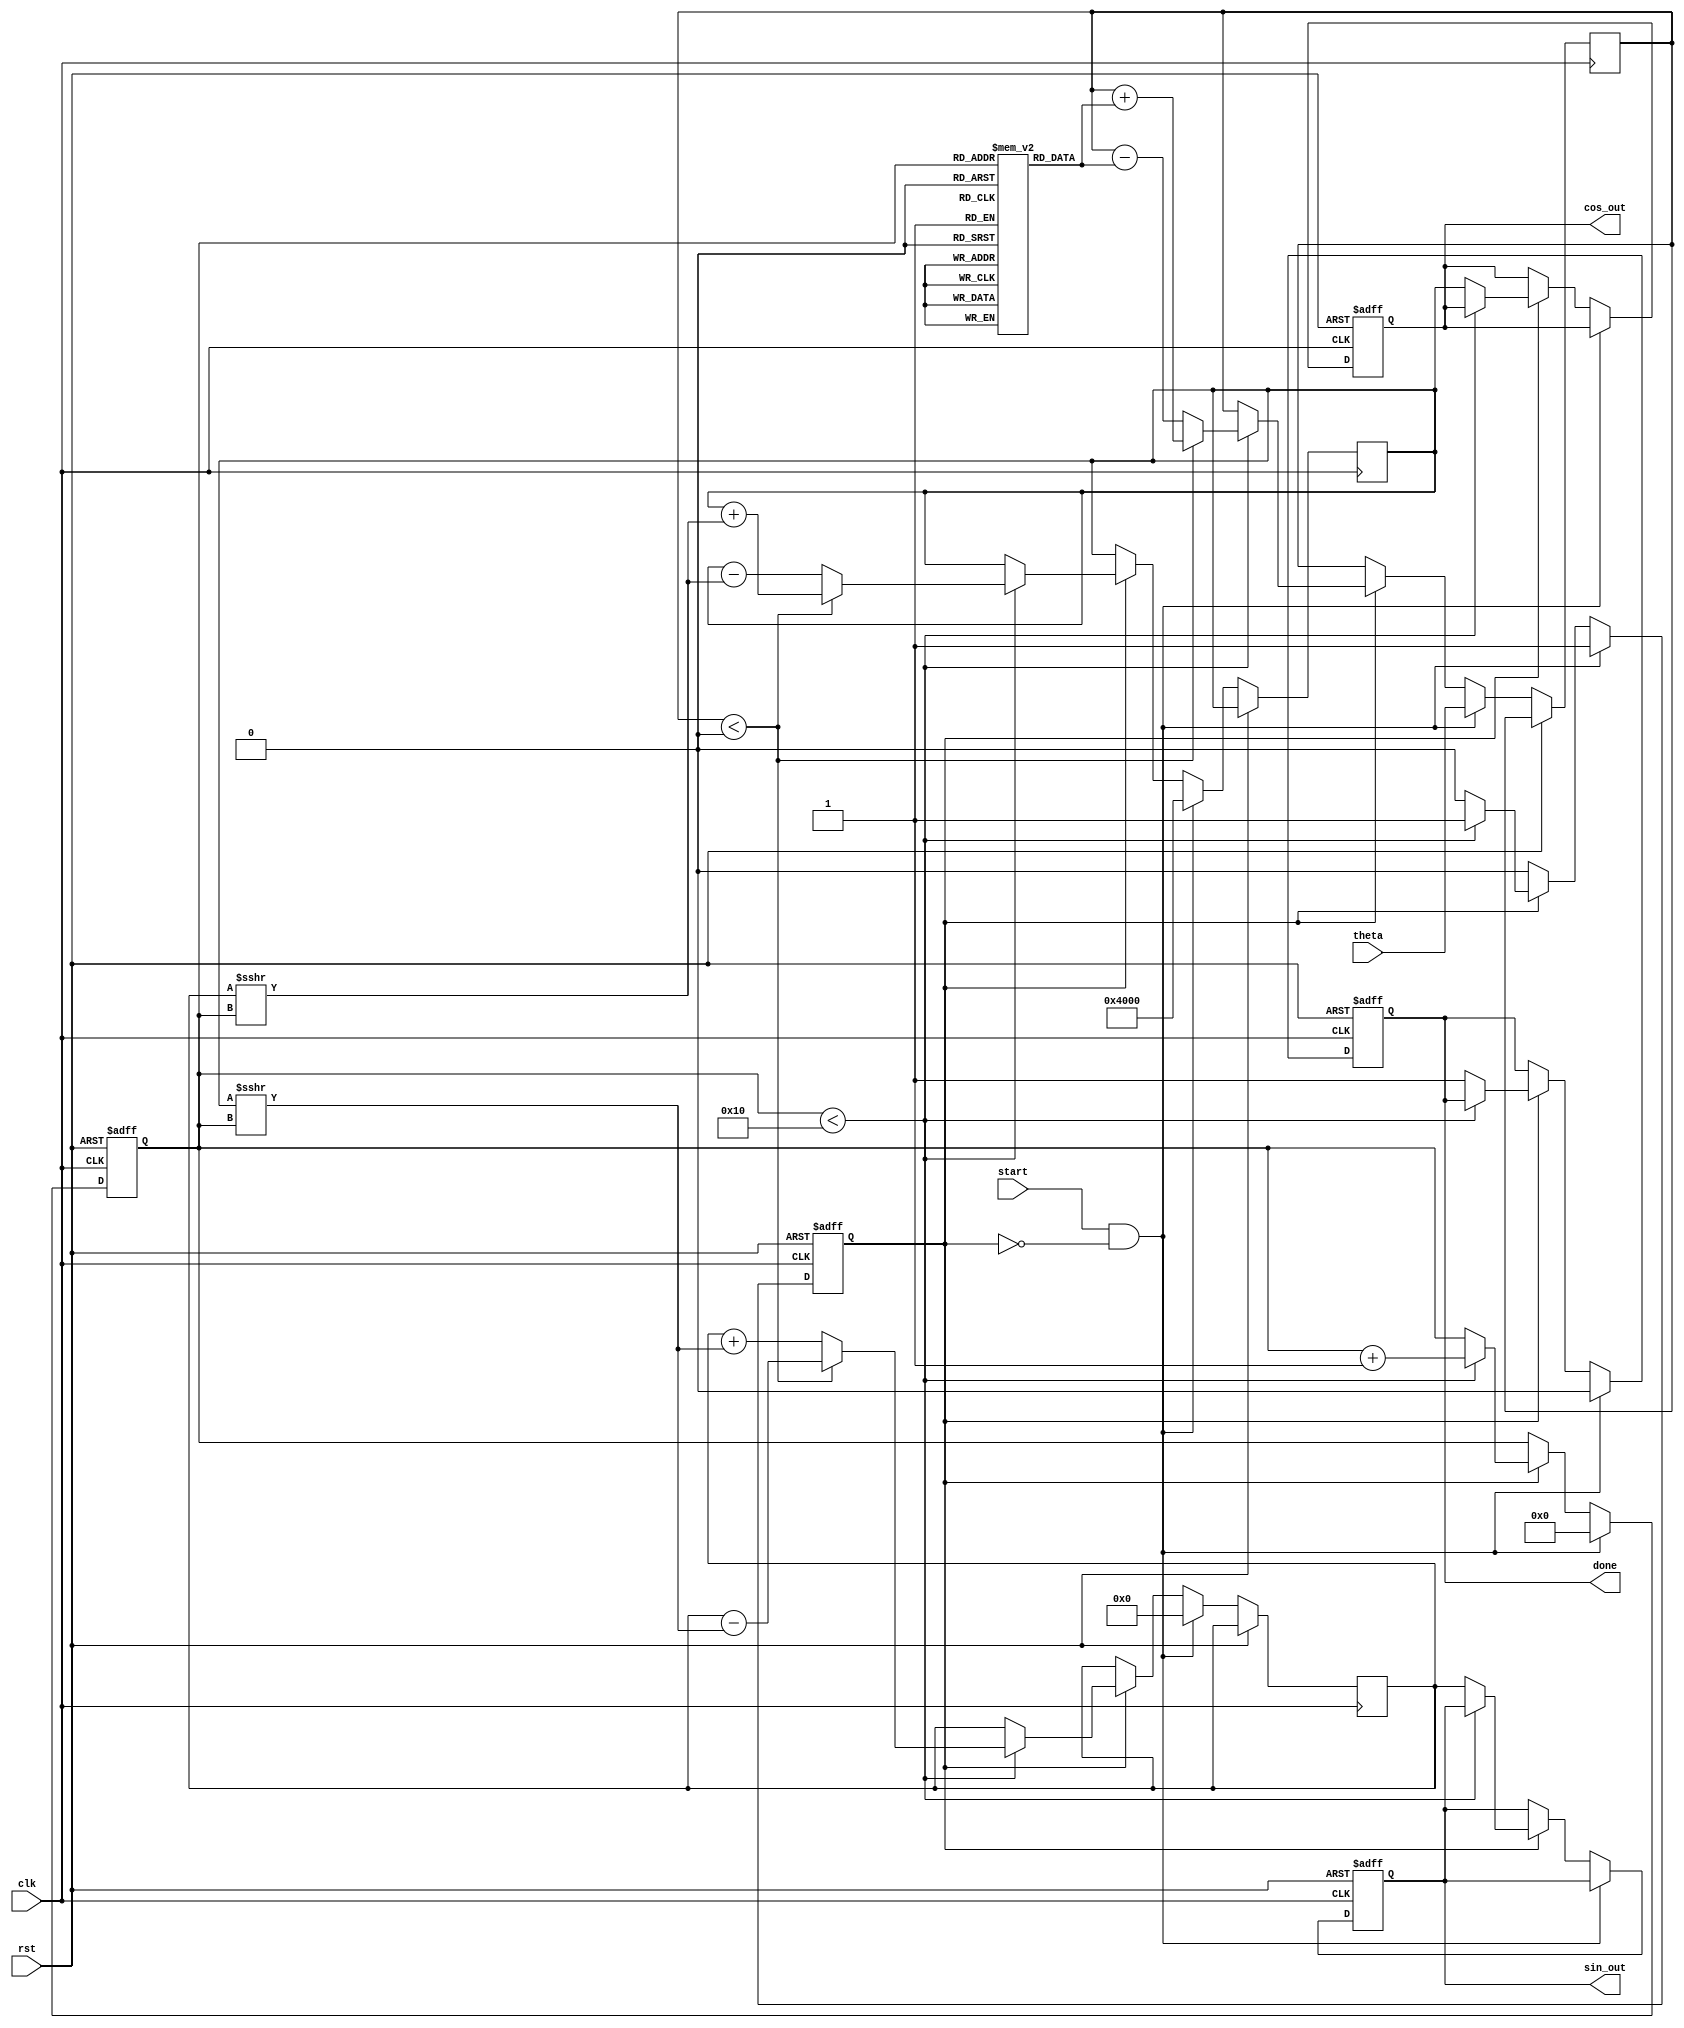
module cordic_rotational #(
    parameter N = 16,            // Number of iterations
    parameter WIDTH = 16,        // Width of the fixed-point representation
    parameter ANGLE_WIDTH = 16   // Width for angle representation
)(
    input wire clk,
    input wire rst,
    input wire start,
    input wire [ANGLE_WIDTH-1:0] theta, // Input angle in radians
    output reg [WIDTH-1:0] cos_out,      // Output cosine value
    output reg [WIDTH-1:0] sin_out,      // Output sine value
    output reg done                      // Operation complete flag
);

    // CORDIC angle lookup table (arctan(2^-i) values)
    reg [ANGLE_WIDTH-1:0] atan_table [0:N-1];
    initial begin
        // Pre-computed arctangent values for N iterations
        atan_table[0] = 16'h2000; // atan(1) = 0.7854 (in fixed-point)
        atan_table[1] = 16'h1000; // atan(0.5) = 0.4636
        atan_table[2] = 16'h0800; // atan(0.25) = 0.2449
        atan_table[3] = 16'h0400; // atan(0.125) = 0.1244
        // Add more values as needed...
        // Ensure to fill up to N iterations
    end

    // Internal registers
    reg [WIDTH-1:0] x, y;
    reg [ANGLE_WIDTH-1:0] z;
    reg [3:0] iteration;
    reg in_progress;

    // Control signals
    always @(posedge clk or posedge rst) begin
        if (rst) begin
            cos_out <= 0;
            sin_out <= 0;
            done <= 0;
            in_progress <= 0;
            iteration <= 0;
        end else if (start && !in_progress) begin
            // Initialize for a new computation
            x <= 16'h4000; // Initial x = 1 (fixed-point)
            y <= 0;        // Initial y = 0
            z <= theta;    // Load input angle
            iteration <= 0;
            in_progress <= 1;
            done <= 0;
        end else if (in_progress) begin
            if (iteration < N) begin
                // Determine rotation direction
                if (z < 0) begin
                    // Clockwise rotation
                    x <= x + (y >>> iteration);
                    y <= y - (x >>> iteration);
                    z <= z + atan_table[iteration];
                end else begin
                    // Counterclockwise rotation
                    x <= x - (y >>> iteration);
                    y <= y + (x >>> iteration);
                    z <= z - atan_table[iteration];
                end
                iteration <= iteration + 1;
            end else begin
                // Finished all iterations
                cos_out <= x;
                sin_out <= y;
                done <= 1;
                in_progress <= 0;
            end
        end
    end
endmodule